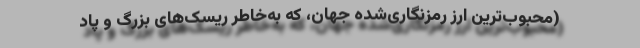
(محبوب‌ترین ارز رمزنگاری‌شده جهان، که به‌خاطر ریسک‌های بزرگ و پاد